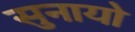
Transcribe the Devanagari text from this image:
सुनायो